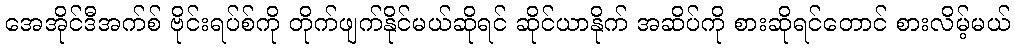
အေအိုင်ဒီအက်စ် ဗိုင်းရပ်စ်ကို တိုက်ဖျက်နိုင်မယ်ဆိုရင် ဆိုင်ယာနိုက် အဆိပ်ကို စားဆိုရင်တောင် စားလိမ့်မယ်